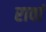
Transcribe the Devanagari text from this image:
रावां